Annual report of the Imperial Bacteriologist
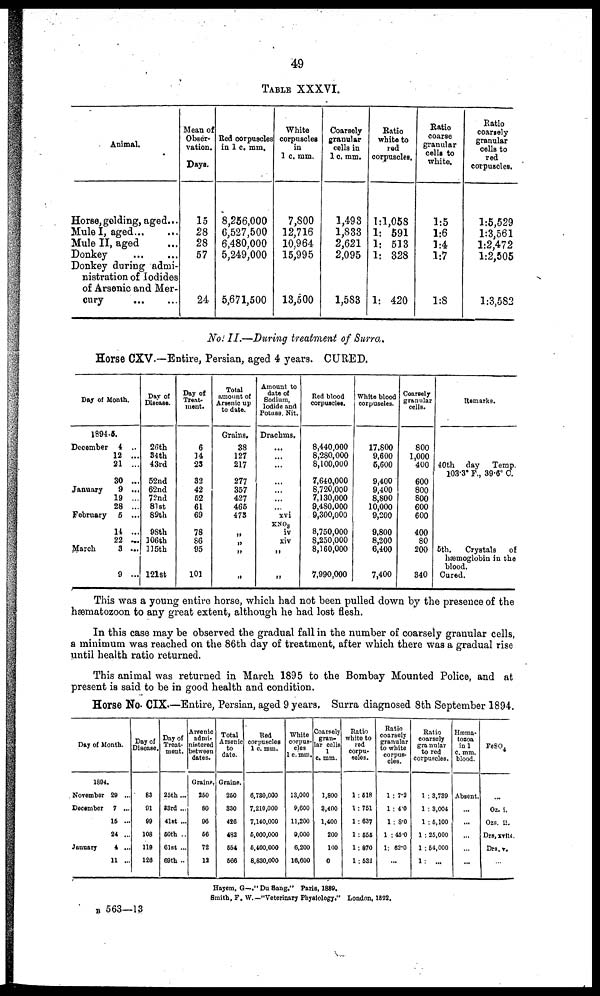
49
TABLE XXXVI.
Animal.
Horse, golding, aged...
Mule I, aged... ...
Mule II, aged... ...
Donkey
...
...
Donkey during admi-
nistration of Iodides
of Arsenic and Mer-
cury
...
...
Mean of
Obser-
vation.
Days.
15
28
28
57
24
Red corpuscles
in 1 c. mm.
8,256,000
6,527,500
6,480,000
5,249,000
5,671,500
White
corpuscles
in
1 c. mm.
7,800
12,716
10,964
15,995
13,500
Coarsely
granular
cells in
1 c. mm.
1,493
1,833
2,621
2,095
1,583
Ratio
white to
red
corpuscles.
1:1,058
1: 591
1: 513
1: 328
1: 420
Ratio
coarse
granular
cells to
white.
1:5
1:6
1:4
1:7
1:8
Ratio
coarsely
granular
cells to
red
corpuscles.
1:5,529
1:3,561
1:2,472
1:2,505
1:3,582
No. II.—During treatment of Surra.
Horse CXV.—Entire, Persian, aged 4 years. CURED.
Day of Month.
1894-5.
December 4 ..
12 ...
21 ...
30 ...
January
9 ...
19 ...
28 ...
February 5 ...
14 ...
22 ...
March
3 ...
9 ...
Day of
Disease.
26th
34th
43rd
52nd
62nd
72nd
81st
89th
98th
106th
115th
121st
Day of
Treat-
ment.
6
14
23
32
42
52
61
69
78
86
95
101
Total
amount of
Arsenic up
to date.
Grains.
38
127
217
277
357
427
466
473
„
„
„
„
Amount to
date of
Sodium,
Iodide and
Potass. Nit.
Drachms.
...
...
...
...
...
...
...
xvi
KNO 3
iv
xiv
„
„
Red blood
corpuscles.
8,440,000
8,280,000
8,100,000
7,640,000
8,720,000
7,130,000
9,480.000
9,300,000
8,750,000
8,250,000
8,160,000
7,990,000
White blood
corpuscles.
17,800
9,600
5,600
9,400
9,400
8,800
10,000
9,200
9,800
8,200
6,400
7,400
Coarsely
granular
cells.
800
1,000
400
600
800
800
600
600
400
80
200
340
Remarks.
40th day Temp.
103.3° F., 39.6° C.
5th.
Crystals
of
hæmoglobin in the
blood.
Cured.
This was a young entire horse, which had not been pulled down by the presence of the
hæmatozoon to any great extent, although he had lost flesh.
In this case may be observed the gradual fall in the number of coarsely granular cells,
a minimum was reached on the 86th day of treatment, after which there was a gradual rise
until health ratio returned.
This animal was returned in March 1895 to the Bombay Mounted Police, and at
present is said to be in good health and condition.
Horse No. CIX.—Entire, Persian, aged 9 years. Surra diagnosed 8th September 1894.
Day of Month.
1894.
November 29 ...
December 7 ...
15 ...
24 ...
January
4 ...
11 ...
Day of
Disease.
83
91
99
108
110
126
Day of
Treat-
ment.
25th...
33rd ...
41st ...
50th ..
61st ...
69th ..
Arsenic
admi-
nistered
between
dates.
Grains.
250
80
96
56
72
12
Total
Arsenic
to
date.
Grains.
250
330
426
482
554
566
Red
corpuscles
1 c. mm.
6,730,000
7,210,000
7,140,000
5,000,000
5,400,000
8,830,000
White
corpus-
cles
1c.mm.
13,000
9,600
11,200
9,000
6,200
16,600
Coarsely
gran-
lar cells
1
c. mm.
1,800
3,400
1,400
200
100
0
Ratio
white to
red
corpu-
scles.
1:518
1:751
1:637
1:555
1:870
1:532
Ratio
coarsely
granular
to white
corpus-
cles.
1: 7.2
1 : 4.0
1: 8.0
1 :45.0
1: 62.0
...
Ratio
coarsely
granular
to red
corpuscles.
1 : 3,739
1 : 3,004
1 : 5,100
1: 25,000
1 :54,000
1: ...
Hæma-
tozoa
in 1
c. mm.
blood.
Absent.
...
...
...
...
...
FeSO 4
...
Oz. i.
Ozs. ii
Drs,xviii.
Drs.v.
Hayem, G—."Du Sang." Paris, 1889.
Smith, F. W.— "Veterinary Physiology." London, 1892.
B 563—13